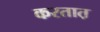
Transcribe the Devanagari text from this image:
करतात़